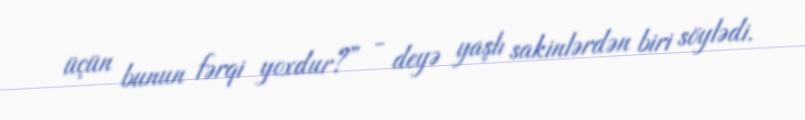
üçün bunun fərqi yoxdur?” - deyə yaşlı sakinlərdən biri söylədi.